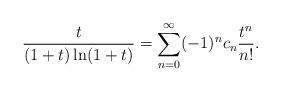
LaTeX: \begin{align*}\frac{t}{(1+t)\ln(1+t)}=\sum_{n=0}^\infty(-1)^nc_n\frac{t^n}{n!}.\end{align*}